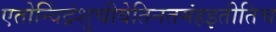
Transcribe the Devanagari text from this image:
एतोन्विंद्रंशुचीवेतिनतमंहइतीतिच